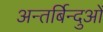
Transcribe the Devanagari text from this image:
अन्तर्बिन्दुओं